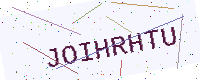
Text: JOIHRHTU